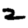
Digit: 2